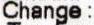
CHANGE :